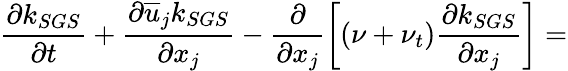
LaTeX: \frac{\partial k_{SGS}}{\partial t}+\frac{\partial\overline{{u}}_{j}k_{SGS}}{\partial x_{j}}-\frac{\partial}{\partial x_{j}}\left[(\nu+\nu_{t})\frac{\partial k_{SGS}}{\partial x_{j}}\right]=